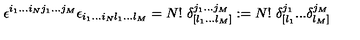
\epsilon ^ { i _ { 1 } . . . i _ { N } j _ { 1 } . . . j _ { M } } \epsilon _ { i _ { 1 } . . . i _ { N } l _ { 1 } . . . l _ { M } } = N ! \ \delta _ { [ l _ { 1 } . . . l _ { M } ] } ^ { j _ { 1 } . . . j _ { M } } : = N ! \ \delta _ { [ l _ { 1 } } ^ { j _ { 1 } } . . . \delta _ { l _ { M } ] } ^ { j _ { M } } \